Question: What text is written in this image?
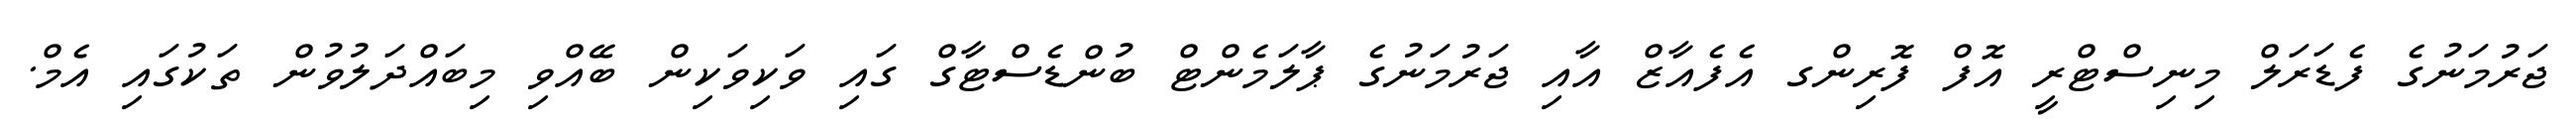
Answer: ޖަރުމަނުގެ ފެޑަރަލް މިނިސްޓްރީ އޮފް ފޮރިންގ އެފެއާޒް އާއި ޖަރުމަނުގެ ޕާލަމެންޓް ބުންޑެސްޓާގް ގައި ވަކިވަކިން ބޭއްވި މިބައްދަލުވުން ތަކުގައި އެމް.